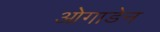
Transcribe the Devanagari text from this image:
ओगाडेन